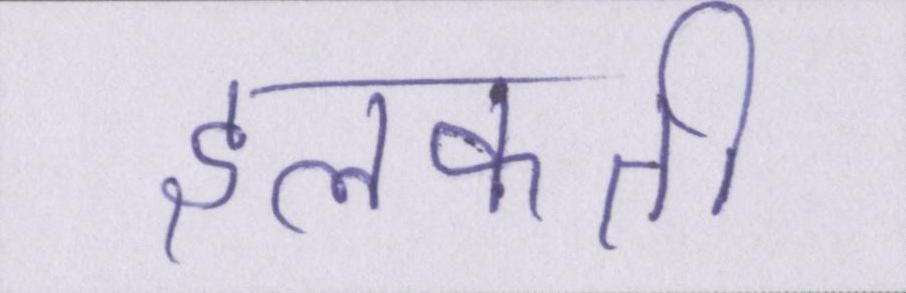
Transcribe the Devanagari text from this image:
झलकती